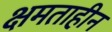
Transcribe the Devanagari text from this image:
क्षमताहीन